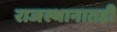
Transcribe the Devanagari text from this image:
राजस्थानातही